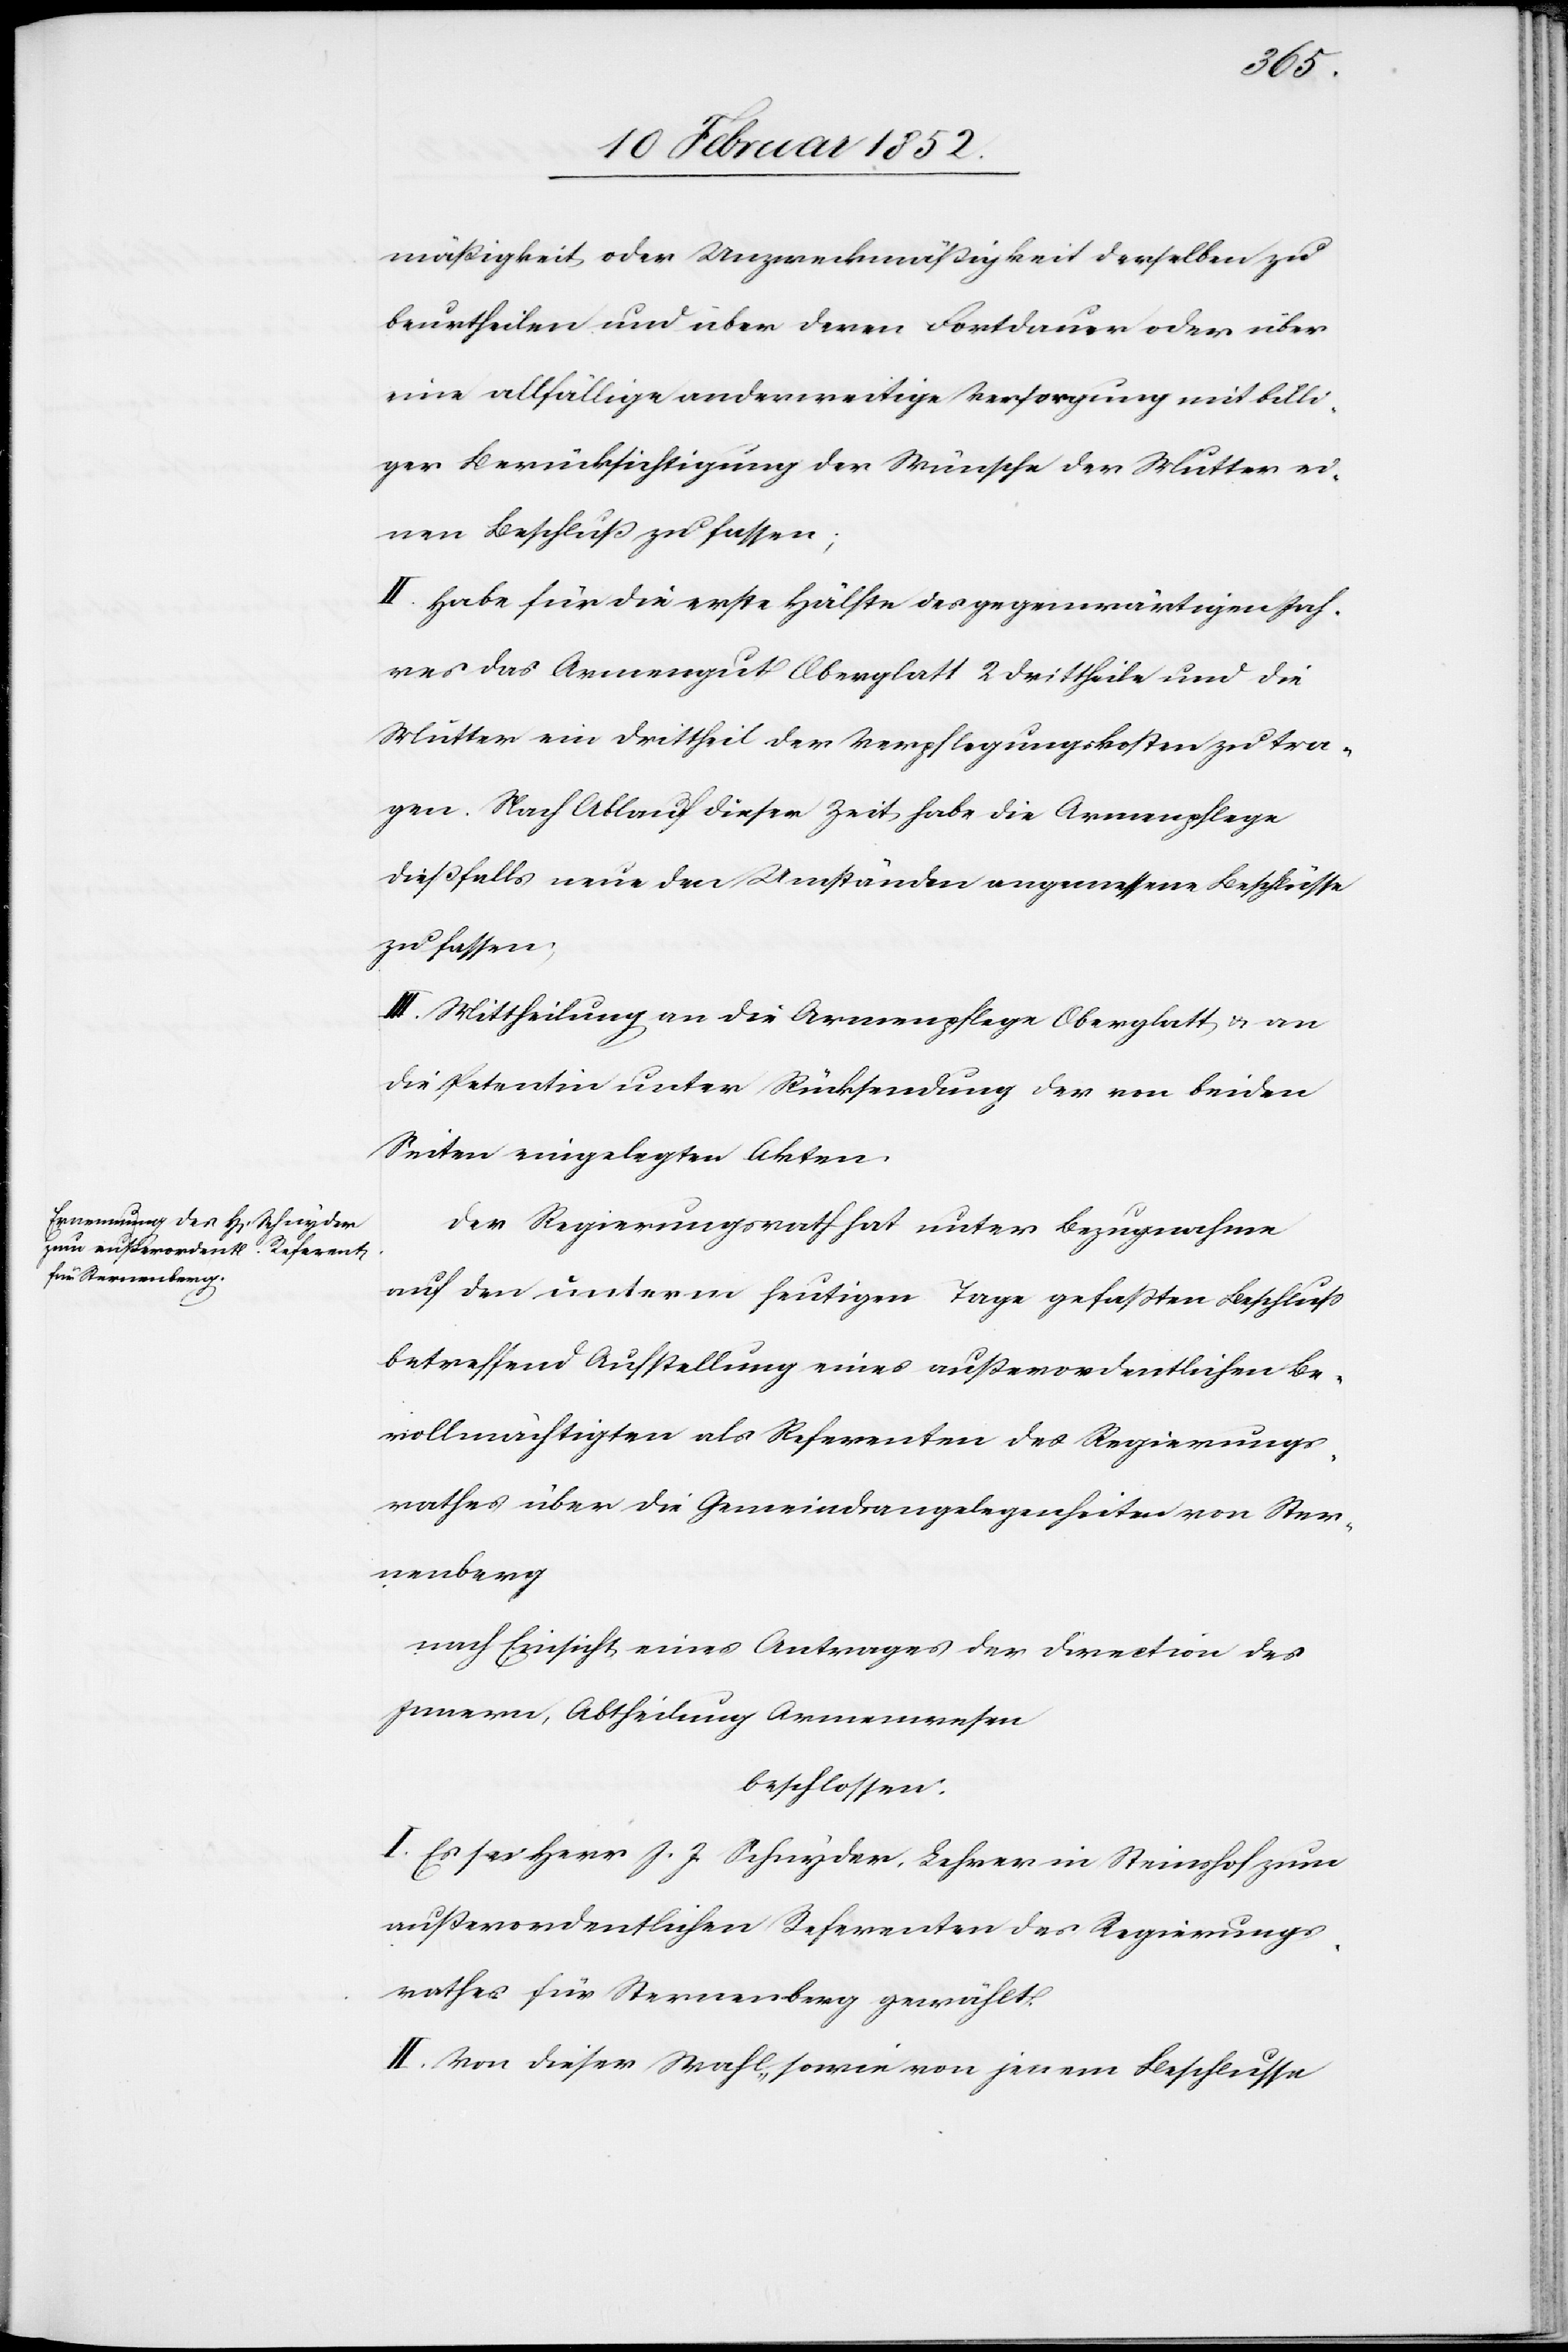
mäßigkeit oder Unzweckmäßigkeit derselben zu
beurtheilen und über deren Fortdauer oder über
eine allfällige anderweitige Versorgung mit billi¬
ger Berücksichtigung der Wünsche der Mutter ei¬
nen Beschluß zu fassen;
II. Habe für die erste Hälfte des gegenwärtigen Jah¬
res das Armengut Oberglatt 2 Drittheile und die
Mutter ein Drittheil der Verpflegungskosten zu tra¬
gen. Nach Ablauf dieser Zeit habe die Armenpflege
dießfalls neue den Umständen angemessene Beschlüsse
zu fassen.
III. Mittheilung an die Armenpflege Oberglatt u. an
die Petentin unter Rücksendung der von beiden
Seiten eingelegten Akten.
Der Regierungsrath hat unter Bezugnahme
auf den unterm heutigen Tage gefaßten Beschluß
betreffend Aufstellung eines außerordentlichen Be¬
vollmächtigten als Referenten des Regierungs¬
rathes über die Gemeindsangelegenheiten von Ster¬
nenberg
nach Einsicht eines Antrages der Direction des
Innern, Abtheilung Armenwesen
beschlossen.
I. Es sei Herr J. J Schnyder, Lehrer im Steinshof zum
außerordentlichen Referenten des Regierungs¬
rathes für Sternenberg gewählt.
II. Von dieser Wahl, sowie von jenem Beschlusse